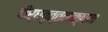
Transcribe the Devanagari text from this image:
दीर्घवृत्तलक्षण